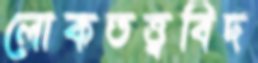
লোকতত্ত্ববিদ